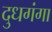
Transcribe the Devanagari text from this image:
दुधगंगा